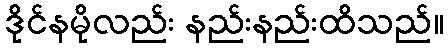
ဒိုင်နမိုလည်း နည်းနည်းထိသည်။